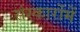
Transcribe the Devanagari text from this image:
संस्कारोंमें